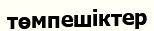
төмпешіктер